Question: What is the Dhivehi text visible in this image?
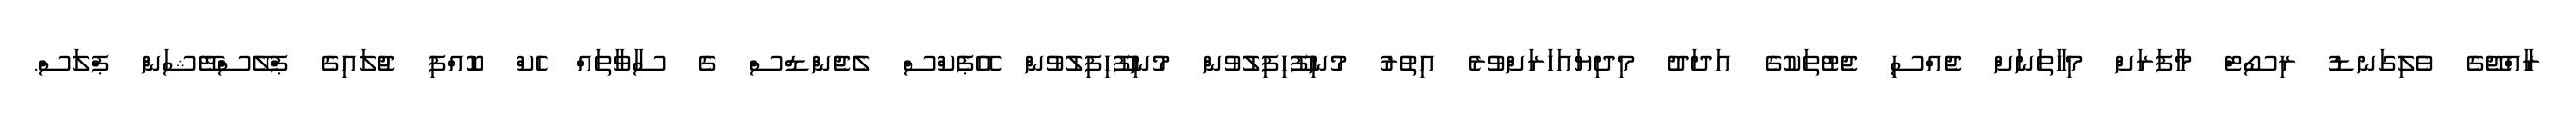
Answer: ރާއްޖޭގެ ވެލިގަނޑު ރިސޯޓް މާފަރަށް މިހާތަނަށް ޖެއްސި ޖެޓުތަކުގެ އަދަދު މިދިޔައަހަރަށްވުރެ އިތުރު މުނިފޫހިފިލުވުން މުނިފޫހިފިލުވުން އޭޕެކްސް ލެޖެންޑްސް ގެ ސާވާތައް ހެކް ކޮއްފި ޖުލައިގެ ޕްލޭސްްޓޭޝަން ޕްލަސް.